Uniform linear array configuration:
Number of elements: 32
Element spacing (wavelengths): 0.5
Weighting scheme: uniform
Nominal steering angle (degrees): -15
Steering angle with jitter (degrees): -14.011
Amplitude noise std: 0.05
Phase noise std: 0.05

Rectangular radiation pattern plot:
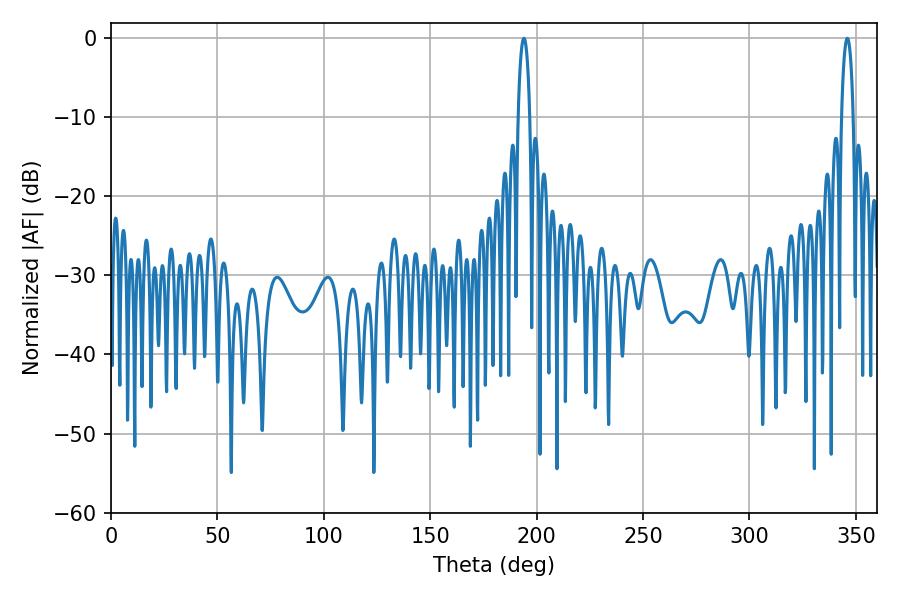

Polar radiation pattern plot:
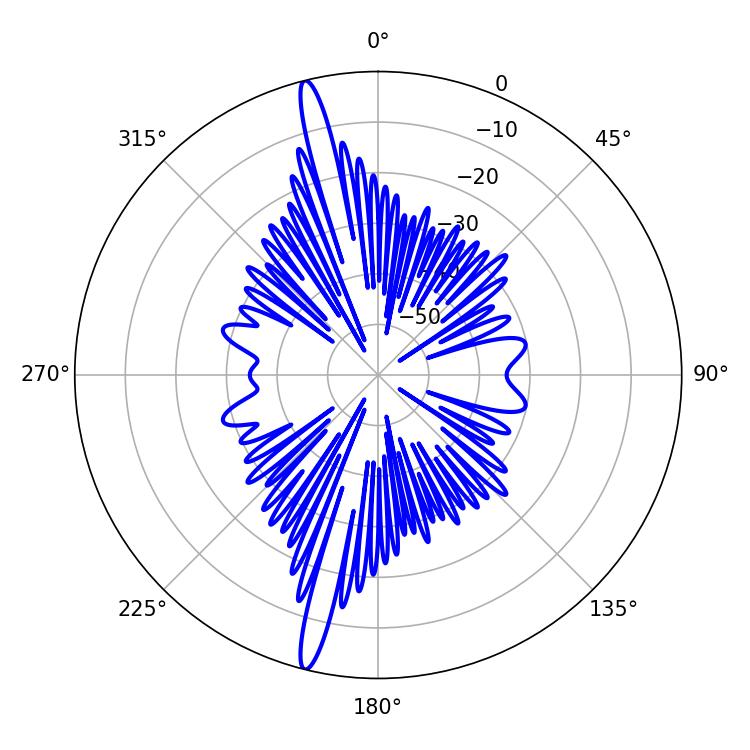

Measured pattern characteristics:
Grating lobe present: FALSE
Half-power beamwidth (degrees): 3.06
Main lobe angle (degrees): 194.04